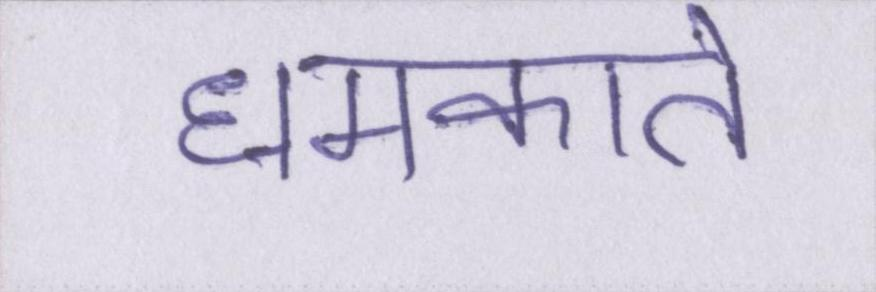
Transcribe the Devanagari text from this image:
धमकाते